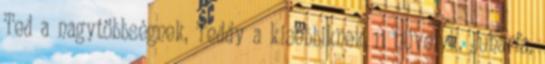
Ted a nagytöbbségnek, Teddy a kisebbiknek 11 hüvelyk, Juharfa,